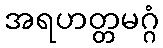
အရဟတ္တမဂ္ဂံ